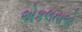
એકલતાએ